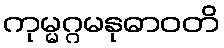
ကုမ္မဂ္ဂမနုဓာဝတိ